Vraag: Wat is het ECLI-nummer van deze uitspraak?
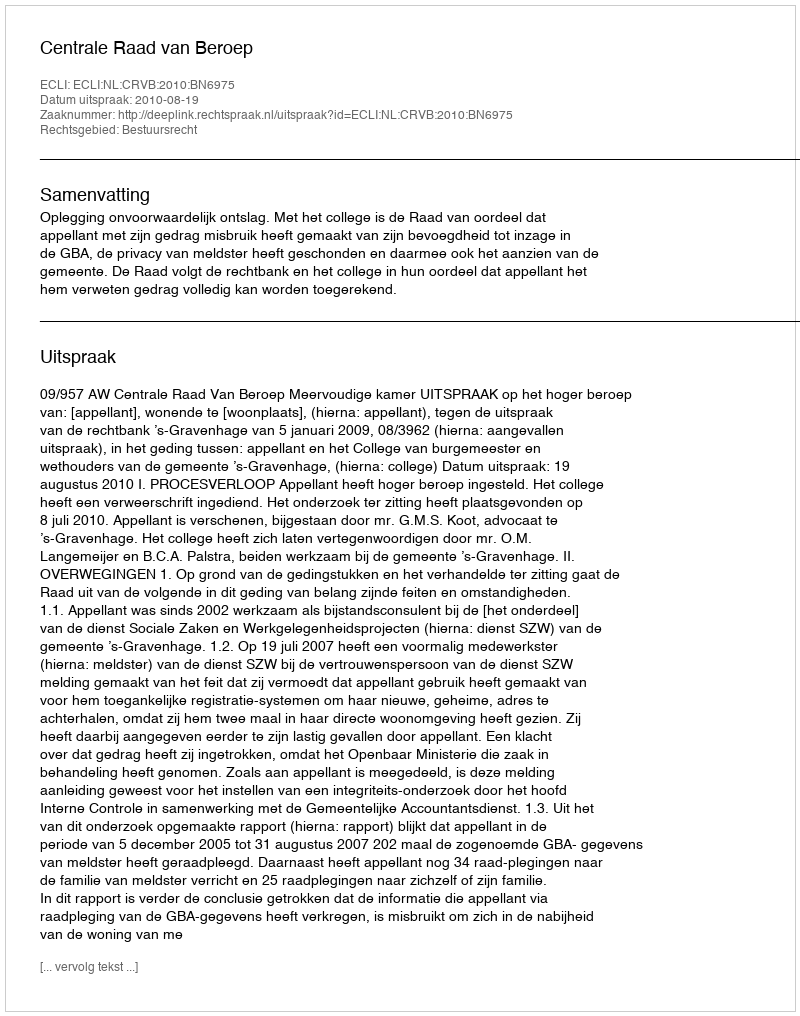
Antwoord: ECLI:NL:CRVB:2010:BN6975